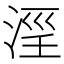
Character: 𣶖